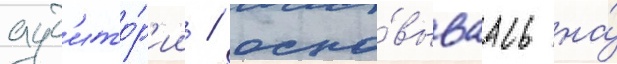
ауд'ито́р'ии / осно́вываась на́